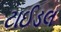
ટાઈડલ